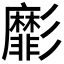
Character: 𢒺